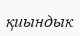
қиындык